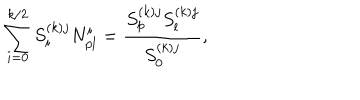
LaTeX: \sum _ { i = 0 } ^ { k / 2 } S _ { i } ^ { ( k ) j } N _ { p l } ^ { i } = \frac { S _ { p } ^ { ( k ) j } S _ { l } ^ { ( k ) j } } { S _ { 0 } ^ { ( k ) j } } ,